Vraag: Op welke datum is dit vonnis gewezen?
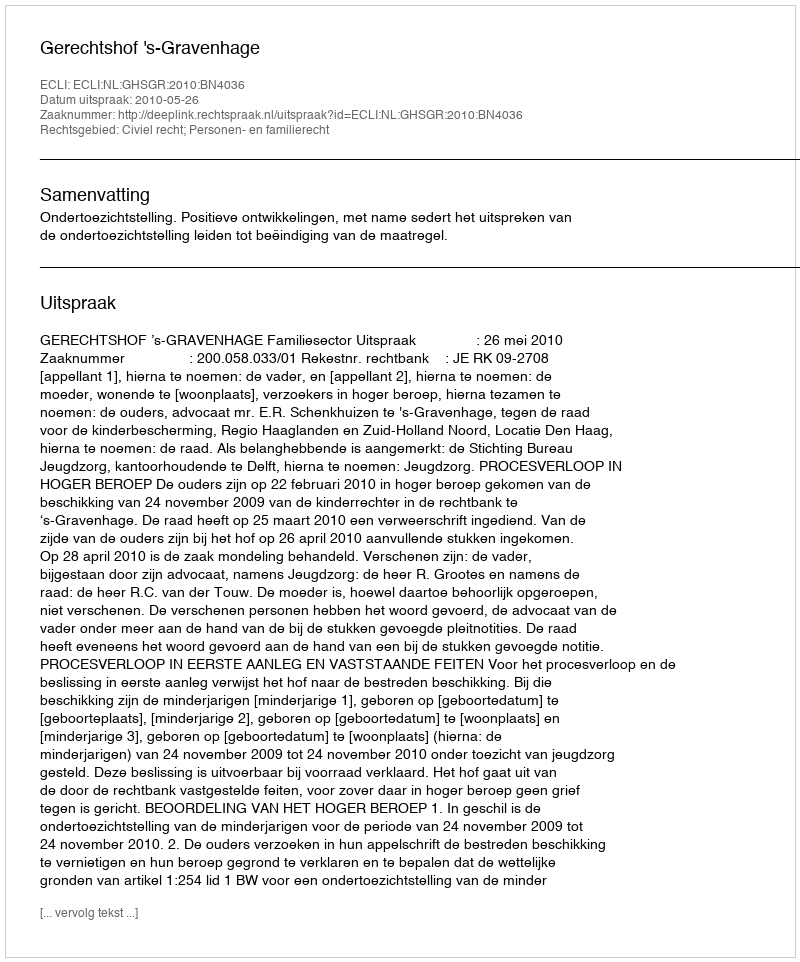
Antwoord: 2010-05-26